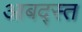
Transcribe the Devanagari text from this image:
आबद्स्त